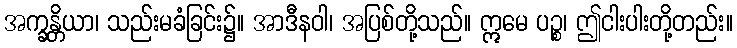
အက္ခန္တိယာ၊ သည်းမခံခြင်း၌။ အာဒီနဝါ၊ အပြစ်တို့သည်။ ဣမေ ပဉ္စ၊ ဤငါးပါးတို့တည်း။